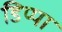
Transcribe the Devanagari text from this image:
डिप्पा